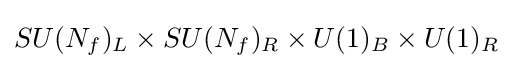
SU(N_{f})_{L}\times SU(N_{f})_{R}\times U(1)_{B}\times U(1)_{R}